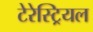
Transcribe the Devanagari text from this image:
टेरेस्‍ट्रियल